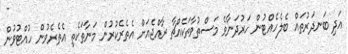
އަދި ބަނދަރުތައް ބެލެހެއްޓުން ހަރުދަނާވެ މަސްތުވާތަކެއްޗާ ރާއްޖެއަށް އެތެރެކުރުން މަނާތަކެތި އެތެރެވުން ހުއްޓުވުން